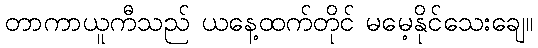
တာကာယူကီသည် ယနေ့ထက်တိုင် မမေ့နိုင်သေးချေ။